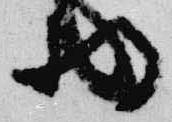
将